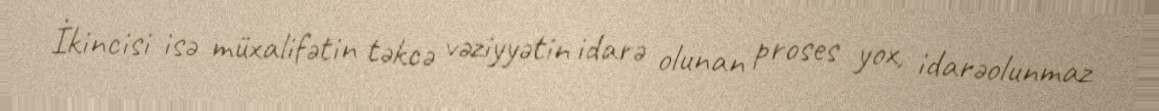
İkincisi isə müxalifətin təkcə vəziyyətin idarə olunan proses yox, idarəolunmaz